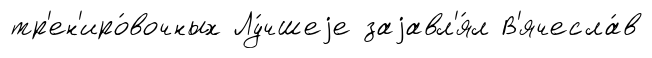
тр'ен'иро́вочных Лу́чшеjе заjавл'я́л В'ячесла́в